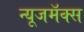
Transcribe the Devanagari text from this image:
न्यूजमॅक्स